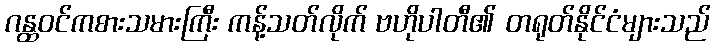
ဂန္ထဝင်ကစားသမားကြီး ကန့်သတ်လိုက် ဗဟိုပါတီ၏ တရုတ်နိုင်ငံများသည်